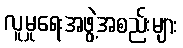
လူမှုရေးအဖွဲ့အစည်းများ